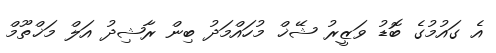
އެ ގައުމުގެ ބޮޑު ވަޒީރު ޝޭޚް މުހައްމަދު ބިން ރާޝިދު އަލް މަޚްތޫމް